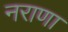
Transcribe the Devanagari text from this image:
नराणा